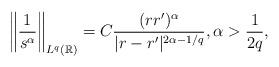
LaTeX: \begin{align*}\left\|\frac{1}{s^{\alpha}}\right\|_{L^{q}(\mathbb{R}) }=C\frac{(rr')^{\alpha}}{|r-r' |^{2\alpha-1/q}},\alpha>\frac{1}{2q},\end{align*}